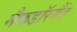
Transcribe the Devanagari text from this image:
मैकडाॅरमैंड